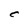
Character: C